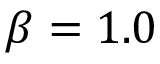
\beta = 1 . 0